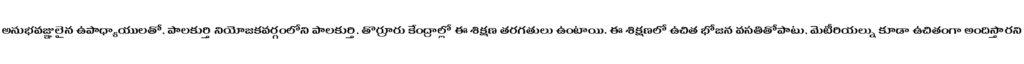
అనుభవజ్ఞులైన ఉపాధ్యాయులతో, పాలకుర్తి నియోజకవర్గంలోని పాలకుర్తి, తొర్రూరు కేంద్రాల్లో ఈ శిక్షణ తరగతులు ఉంటాయి. ఈ శిక్షణలో ఉచిత భోజన వసతితోపాటు, మెటీరియల్ను కూడా ఉచితంగా అందిస్తారని